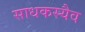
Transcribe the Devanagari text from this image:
साधकस्यैव